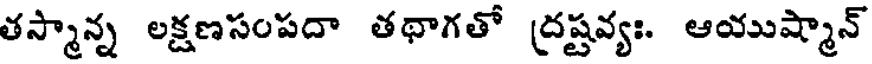
తస్మాన్న లక్షణసంపదా తథాగతో (దష్టవ్యః. ఆయుష్మాన్